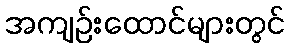
အကျဉ်းထောင်များတွင်